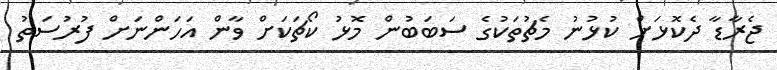
ޖެރާޑާ ދެކޮޅަށް ކުޅުނު މެޗުތަކުގެ ސަބަބުން މޮޅު ކޯޗަކަށް ވާން އަހަންނަށް ފުރުސަތު